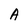
Character: A